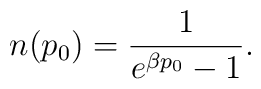
n(p_0) = \frac{1}{e^{\beta p_0}-1}.